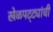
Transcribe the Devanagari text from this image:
खेळपट्ट्यांची